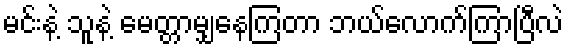
မင်းနဲ့ သူနဲ့ မေတ္တာမျှနေကြတာ ဘယ်လောက်ကြာပြီလဲ